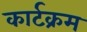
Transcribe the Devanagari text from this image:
कार्टक्रम